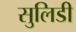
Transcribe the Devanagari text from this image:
सुलिडी